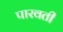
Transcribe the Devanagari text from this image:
पारवती